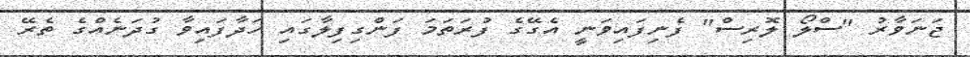
ޖަނަވާރު "ސްލޯ ލޮރިސް" ފެނިފައިވަނީ އެގޭގެ ފުރަތަމަ ފަންގިފިލާގައި ހަދާފައިވާ ގުދަނެއްގެ ތެރޭ